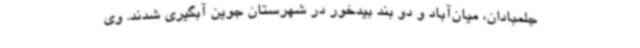
جلمبادان، میان‌آباد و دو بند بیدخور در شهرستان جوین آبگیری شدند. وی